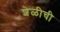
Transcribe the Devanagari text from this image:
शेळीची